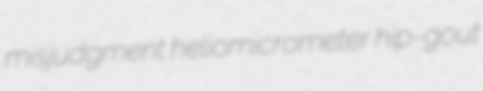
misjudgment heliomicrometer hip-gout